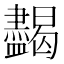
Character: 𥃞